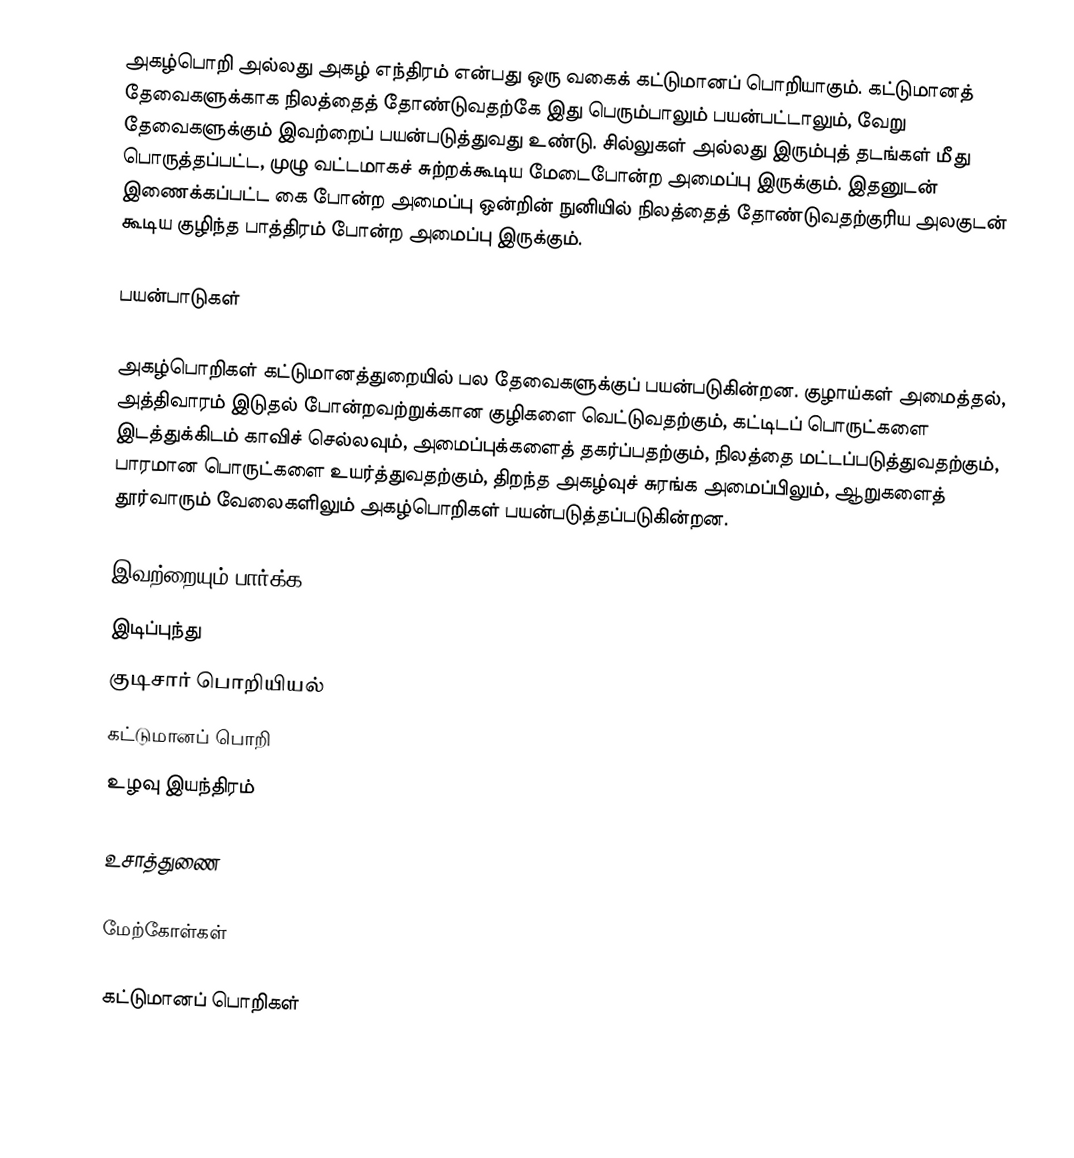
அகழ்பொறி அல்லது அகழ் எந்திரம் என்பது ஒரு வகைக் கட்டுமானப் பொறியாகும். கட்டுமானத் தேவைகளுக்காக நிலத்தைத் தோண்டுவதற்கே இது பெரும்பாலும் பயன்பட்டாலும், வேறு தேவைகளுக்கும் இவற்றைப் பயன்படுத்துவது உண்டு. சில்லுகள் அல்லது இரும்புத் தடங்கள் மீது பொருத்தப்பட்ட, முழு வட்டமாகச் சுற்றக்கூடிய மேடைபோன்ற அமைப்பு இருக்கும். இதனுடன் இணைக்கப்பட்ட கை போன்ற அமைப்பு ஒன்றின் நுனியில் நிலத்தைத் தோண்டுவதற்குரிய அலகுடன் கூடிய குழிந்த பாத்திரம் போன்ற அமைப்பு இருக்கும்.

பயன்பாடுகள்

அகழ்பொறிகள் கட்டுமானத்துறையில் பல தேவைகளுக்குப் பயன்படுகின்றன. குழாய்கள் அமைத்தல், அத்திவாரம் இடுதல் போன்றவற்றுக்கான குழிகளை வெட்டுவதற்கும், கட்டிடப் பொருட்களை இடத்துக்கிடம் காவிச் செல்லவும், அமைப்புக்களைத் தகர்ப்பதற்கும், நிலத்தை மட்டப்படுத்துவதற்கும், பாரமான பொருட்களை உயர்த்துவதற்கும், திறந்த அகழ்வுச் சுரங்க அமைப்பிலும், ஆறுகளைத் தூர்வாரும் வேலைகளிலும் அகழ்பொறிகள் பயன்படுத்தப்படுகின்றன.

இவற்றையும் பார்க்க
 இடிப்புந்து
 குடிசார் பொறியியல்
 கட்டுமானப் பொறி
 உழவு இயந்திரம்

உசாத்துணை

மேற்கோள்கள்

கட்டுமானப் பொறிகள்